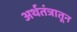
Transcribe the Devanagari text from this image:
अर्थतंत्रातून